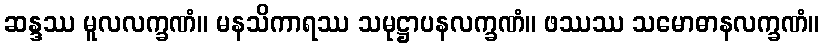
ဆန္ဒဿ မူလလက္ခဏံ။ မနသိကာရဿ သမုဋ္ဌာပနလက္ခဏံ။ ဖဿဿ သမောဓာနလက္ခဏံ။